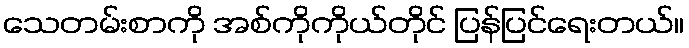
သေတမ်းစာကို အစ်ကိုကိုယ်တိုင် ပြန်ပြင်ရေးတယ်။